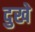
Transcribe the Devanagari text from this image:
दुखे